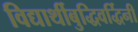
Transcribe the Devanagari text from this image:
विद्यार्थीबुद्धिवर्द्धिनी